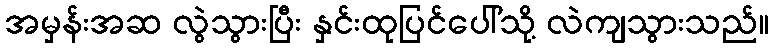
အမှန်းအဆ လွဲသွားပြီး နှင်းထုပြင်ပေါ်သို့ လဲကျသွားသည်။